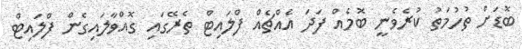
ބޮޑަށް ތުހުމަތު ކުރެވެނީ ބޮމެއް ފަދަ އެއްޗެއް ފްލައިޓް ތެރޭގައި ގޮއްވާލައިގެން ފްލައިޓް